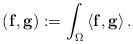
LaTeX: \begin{align*}\left( \mathbf{f},\mathbf{g}\right) :=\int_{\Omega}\left\langle\mathbf{f},\mathbf{g}\right\rangle . \end{align*}